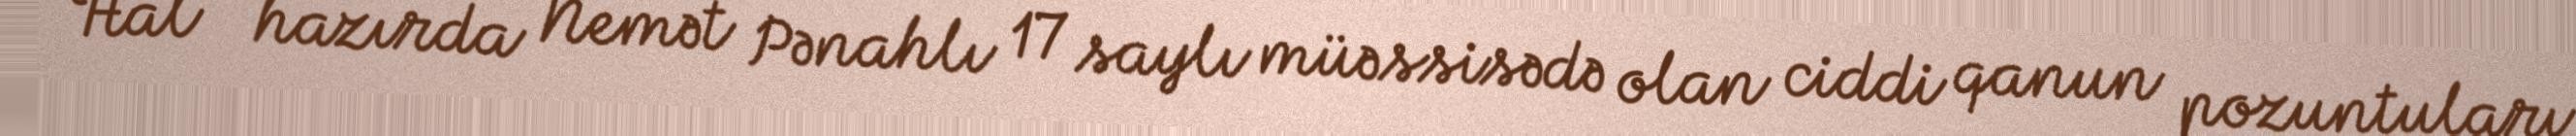
Hal - hazırda Nemət Pənahlı 17 saylı müəssisədə olan ciddi qanun pozuntuları